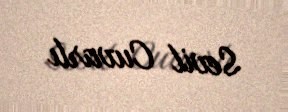
Sevil Cuvarlı